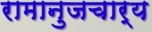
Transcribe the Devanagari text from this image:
रामानुजचार्य